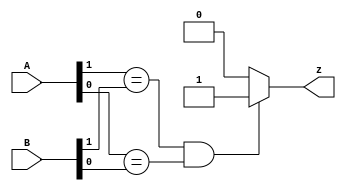
// This program was cloned from: https://github.com/Yvan-xy/verilog-doc
// License: GNU General Public License v2.0

module top_module ( input [1:0] A, input [1:0] B, output z ); 
    assign z = ((A[1]==B[1])&&(A[0]==B[0]))?1:0;
endmodule